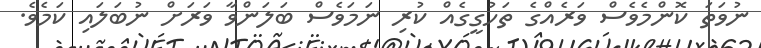
ނުވަތަ ކޮންމެވެސް ވަރެއްގެ ތަހުގީގެއް ކުރި ނަމަވެސް ބަލަންވާ ވަރަށް ނުބަލައި ކަމެވެ.